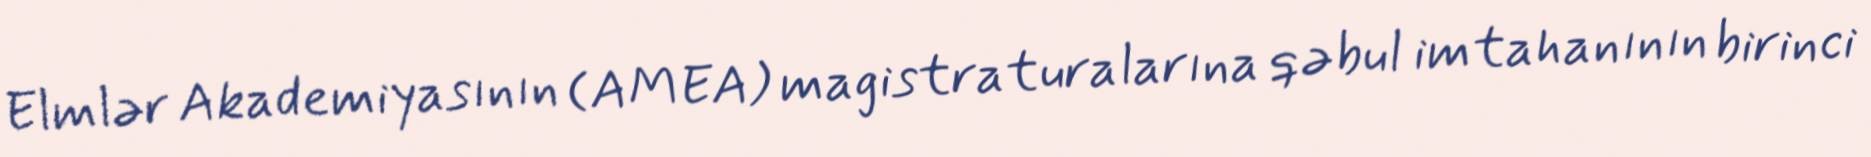
Elmlər Akademiyasının (AMEA) magistraturalarına qəbul imtahanının birinci